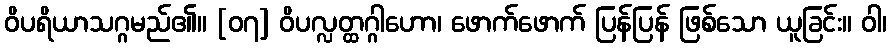
ဝိပရိယာသဂ္ဂမည်၏။ [၀၇] ဝိပလ္လတ္ထဂ္ဂါဟော၊ ဖောက်ဖောက် ပြန်ပြန် ဖြစ်သော ယူခြင်း။ ဝါ၊